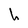
Character: h